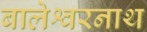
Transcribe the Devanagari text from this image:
बालेश्वरनाथ